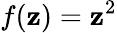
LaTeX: f(\mathbf{z})=\mathbf{z}^{2}